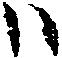
ハ